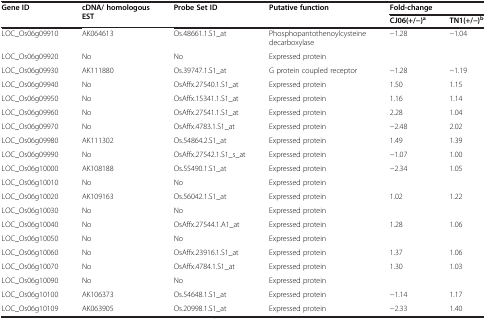
<table><thead><tr><td rowspan="2"><b>Gene ID</b></td><td rowspan="2"><b>cDNA/ homologous EST</b></td><td rowspan="2"><b>Probe Set ID</b></td><td rowspan="2"><b>Putative function</b></td><td colspan="2"><b>Fold-change</b></td></tr><tr><td><b>CJ06(+/-)<sup>a</sup></b></td><td><b>TN1(+/-)<sup>b</sup></b></td></tr></thead><tbody><tr><td>LOC_Os06g09910</td><td>AK064613</td><td>Os.48661.1.S1_at</td><td>Phosphopantothenoylcysteine decarboxylase</td><td>-1.28</td><td>-1.04</td></tr><tr><td>LOC_Os06g09920</td><td>No</td><td>No</td><td>Expressed protein</td><td> </td><td> </td></tr><tr><td>LOC_Os06g09930</td><td>AK111880</td><td>Os.39747.1.S1_at</td><td>G protein coupled receptor</td><td>-1.28</td><td>-1.19</td></tr><tr><td>LOC_Os06g09940</td><td>No</td><td>OsAffx.27540.1.S1_at</td><td>Expressed protein</td><td>1.50</td><td>1.15</td></tr><tr><td>LOC_Os06g09950</td><td>No</td><td>OsAffx.15341.1.S1_at</td><td>Expressed protein</td><td>1.16</td><td>1.14</td></tr><tr><td>LOC_Os06g09960</td><td>No</td><td>OsAffx.27541.1.S1_at</td><td>Expressed protein</td><td>2.28</td><td>1.04</td></tr><tr><td>LOC_Os06g09970</td><td>No</td><td>OsAffx.4783.1.S1_at</td><td>Expressed protein</td><td>-2.48</td><td>2.02</td></tr><tr><td>LOC_Os06g09980</td><td>AK111302</td><td>Os.54864.2.S1_at</td><td>Expressed protein</td><td>1.49</td><td>1.39</td></tr><tr><td>LOC_Os06g09990</td><td>No</td><td>OsAffx.27542.1.S1_s_at</td><td>Expressed protein</td><td>-1.07</td><td>1.00</td></tr><tr><td>LOC_Os06g10000</td><td>AK108188</td><td>Os.55490.1.S1_at</td><td>Expressed protein</td><td>-2.34</td><td>1.05</td></tr><tr><td>LOC_Os06g10010</td><td>No</td><td>No</td><td>Expressed protein</td><td> </td><td> </td></tr><tr><td>LOC_Os06g10020</td><td>AK109163</td><td>Os.56042.1.S1_at</td><td>Expressed protein</td><td>1.02</td><td>1.22</td></tr><tr><td>LOC_Os06g10030</td><td>No</td><td>No</td><td>Expressed protein</td><td> </td><td> </td></tr><tr><td>LOC_Os06g10040</td><td>No</td><td>OsAffx.27544.1.A1_at</td><td>Expressed protein</td><td>1.28</td><td>1.06</td></tr><tr><td>LOC_Os06g10050</td><td>No</td><td>No</td><td>Expressed protein</td><td> </td><td> </td></tr><tr><td>LOC_Os06g10060</td><td>No</td><td>OsAffx.23916.1.S1_at</td><td>Expressed protein</td><td>1.37</td><td>1.06</td></tr><tr><td>LOC_Os06g10070</td><td>No</td><td>OsAffx.4784.1.S1_at</td><td>Expressed protein</td><td>1.30</td><td>1.03</td></tr><tr><td>LOC_Os06g10090</td><td>No</td><td>No</td><td>Expressed protein</td><td> </td><td> </td></tr><tr><td>LOC_Os06g10100</td><td>AK106373</td><td>Os.54648.1.S1_at</td><td>Expressed protein</td><td>-1.14</td><td>1.17</td></tr><tr><td>LOC_Os06g10109</td><td>AK063905</td><td>Os.20998.1.S1_at</td><td>Expressed protein</td><td>-2.33</td><td>1.40</td></tr></tbody></table>